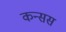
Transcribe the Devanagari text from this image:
कन्सस